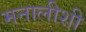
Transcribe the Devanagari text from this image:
मनालीशी